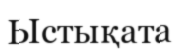
Ыстықата